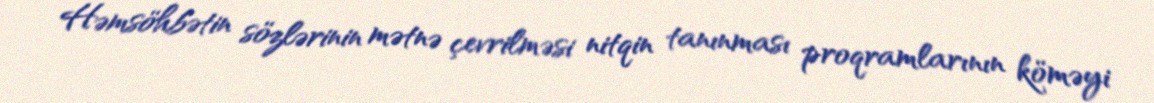
Həmsöhbətin sözlərinin mətnə çevrilməsi nitqin tanınması proqramlarının köməyi